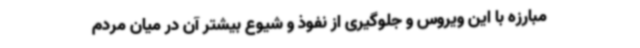
مبارزه با این ویروس و جلوگیری از نفوذ و شیوع بیشتر آن در میان مردم